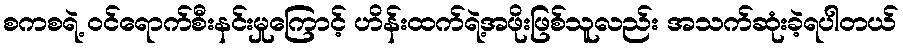
စကစရဲ့ ဝင်ရောက်စီးနင်းမှုကြောင့် ဟိန်းထက်ရဲ့အဖိုးဖြစ်သူလည်း အသက်ဆုံးခဲ့ရပါတယ်